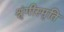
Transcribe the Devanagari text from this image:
श्रृंगीस्मृति